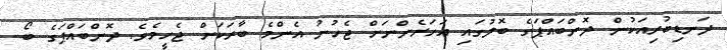
ދަނޑިބުރިއަކުން ދޮންބައްޕަގެ ބޮލުގައި އަހަރެންނަށް ޖެހުނު އެންމެ ބާރަކަށް ޖެހީމެވެ. ދޮންބައްޕަގެ ބޯ